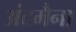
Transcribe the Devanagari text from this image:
अंदमैना